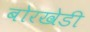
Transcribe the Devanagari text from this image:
बोरखेडी